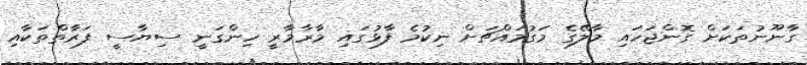
ގާނޫނުތަކަށް ގޮންޖަހައި މާލޭގެ މަގުމައްޗަށް ނިކުމެ ފާޅުގައި މާރާމާރީ ހިންގަނީ ސިޔާސީ ފަރާތްތަކާއި